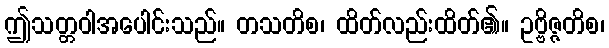
ဤသတ္တဝါအပေါင်းသည်။ တသတိစ၊ ထိတ်လည်းထိတ်၏။ ဥဗ္ဗိဇ္ဇတိစ၊